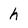
Character: h